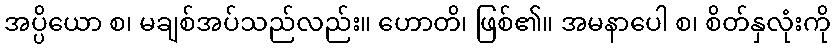
အပ္ပိယော စ၊ မချစ်အပ်သည်လည်း။ ဟောတိ၊ ဖြစ်၏။ အမနာပေါ စ၊ စိတ်နှလုံးကို